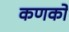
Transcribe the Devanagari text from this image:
कणकों